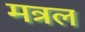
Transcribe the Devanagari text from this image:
मत्रल